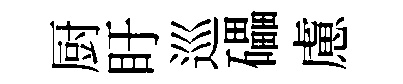
厨盱巡礧慮